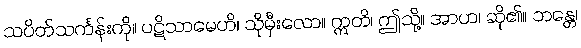
သပိတ်သင်္ကန်းကို။ ပဋိသာမေဟိ၊ သိုမှီးလော။ ဣတိ၊ ဤသို့။ အာဟ၊ ဆို၏။ ဘန္တေ၊